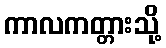
ကာလကတ္တားသို့